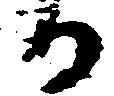
る